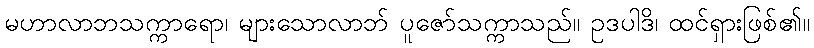
မဟာလာဘသက္ကာရော၊ များသောလာဘ် ပူဇော်သက္ကာသည်။ ဥဒပါဒိ၊ ထင်ရှားဖြစ်၏။